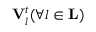
\mathbf { V } _ { l } ^ { t } ( \forall l \in \mathbf { L } )